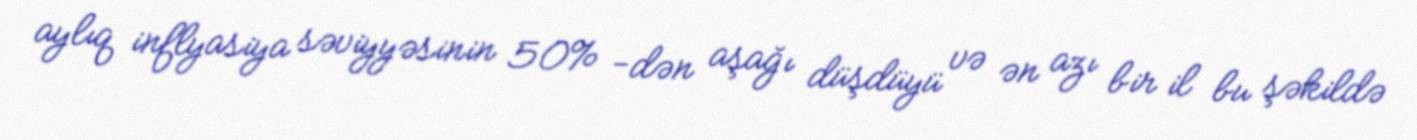
aylıq inflyasiya səviyyəsinin 50% -dən aşağı düşdüyü və ən azı bir il bu şəkildə